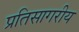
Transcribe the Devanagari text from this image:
प्रतिसागरीय